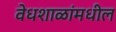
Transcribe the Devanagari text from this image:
वेधशाळांमधील